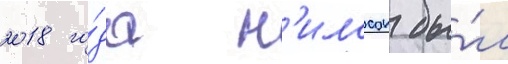
2018 го́да н'илссон бы́л